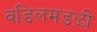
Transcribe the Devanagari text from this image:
वडिलमंडळी